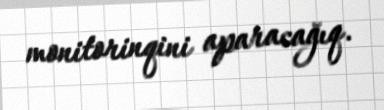
monitorinqini aparacağıq.